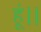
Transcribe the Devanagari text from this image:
हूं।।